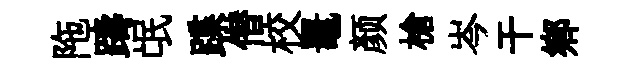
陁躊氓蹀僣校鼉颜槍岑干郷